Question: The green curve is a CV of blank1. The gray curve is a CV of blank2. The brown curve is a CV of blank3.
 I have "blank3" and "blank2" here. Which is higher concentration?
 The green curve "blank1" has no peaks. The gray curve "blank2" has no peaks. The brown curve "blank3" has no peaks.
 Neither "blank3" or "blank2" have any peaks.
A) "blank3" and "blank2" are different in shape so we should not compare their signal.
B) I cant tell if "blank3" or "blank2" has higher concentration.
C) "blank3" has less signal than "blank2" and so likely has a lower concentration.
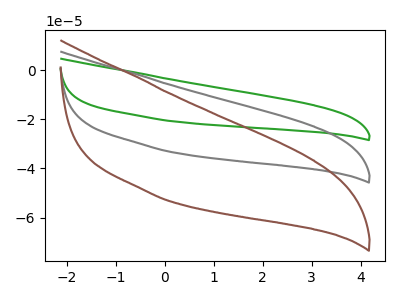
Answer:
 <answer>B) I cant tell if "blank3" or "blank2" has higher concentration.</answer>
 <eval>B</eval>